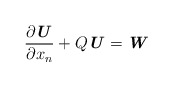
\begin{align*} \frac{\partial \textbf{\textit{U}}}{\partial x_n} + Q\textbf{\textit{U}}=\textbf{\textit{W}} \end{align*}